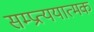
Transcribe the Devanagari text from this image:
सम्प्रत्ययात्मक